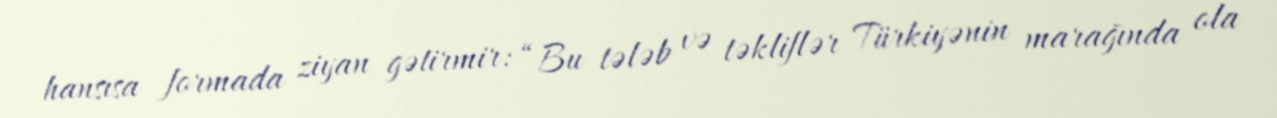
hansısa formada ziyan gətirmir: “Bu tələb və təkliflər Türkiyənin marağında ola